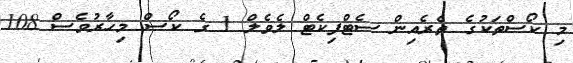
މި ކޯސްތަކުގެ ތެރެއިން ސެޓްފިކެޓް ލެވެލް 1 ގެ ކޯސް މިހާރުވެސް 108